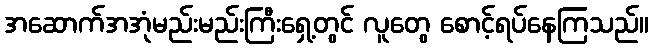
အဆောက်အအုံမည်းမည်းကြီးရှေ့တွင် လူတွေ စောင့်ရပ်နေကြသည်။